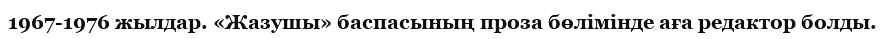
1967-1976 жылдар. «Жазушы» баспасының проза бөлімінде аға редактор болды.